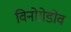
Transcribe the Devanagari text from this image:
विनोग्रेडोव